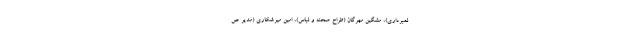
لمبرداری)، مشگین مهرگان (طراح صحنه و لباس)، امین میرشکاری (مدیر ص